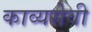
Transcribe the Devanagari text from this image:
काव्यसेवी